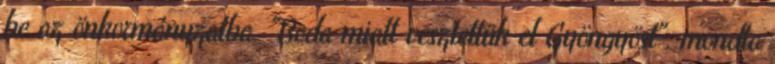
be az önkormányzatba. "Boda miatt vesztettük el Gyöngyöst", mondta